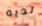
لديه